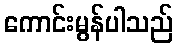
ကောင်းမွန်ပါသည်